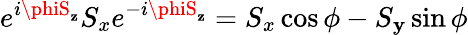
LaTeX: e^{i\phiS_{\mathbf{z}}}S_{x}e^{-i\phiS_{\mathbf{z}}}=S_{x}\cos\phi-S_{\mathbf{y}}\sin\phi